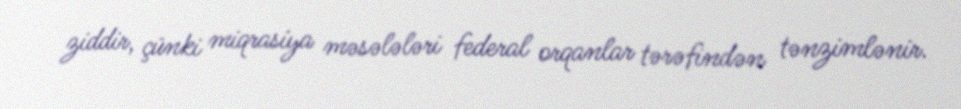
ziddir, çünki miqrasiya məsələləri federal orqanlar tərəfindən tənzimlənir.